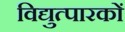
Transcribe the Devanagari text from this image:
विद्युत्पारकों